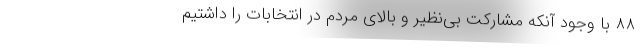
۸۸ با وجود آنکه مشارکت بی‌نظیر و بالای مردم در انتخابات را داشتیم